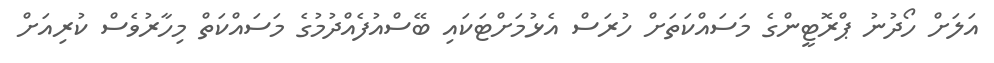
އަލަށް ހޯދުނު ޕްރޮޓީންގެ މަސައްކަތަށް ހުރަސް އެޅުމަށްޓަކައި ބޭސްއުފެއްދުމުގެ މަސައްކަތް މިހާރުވެސް ކުރިއަށް